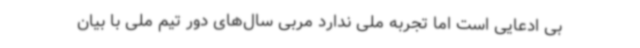
بی ادعایی است اما تجربه ملی ندارد مربی سال‌های دور تیم ملی با بیان